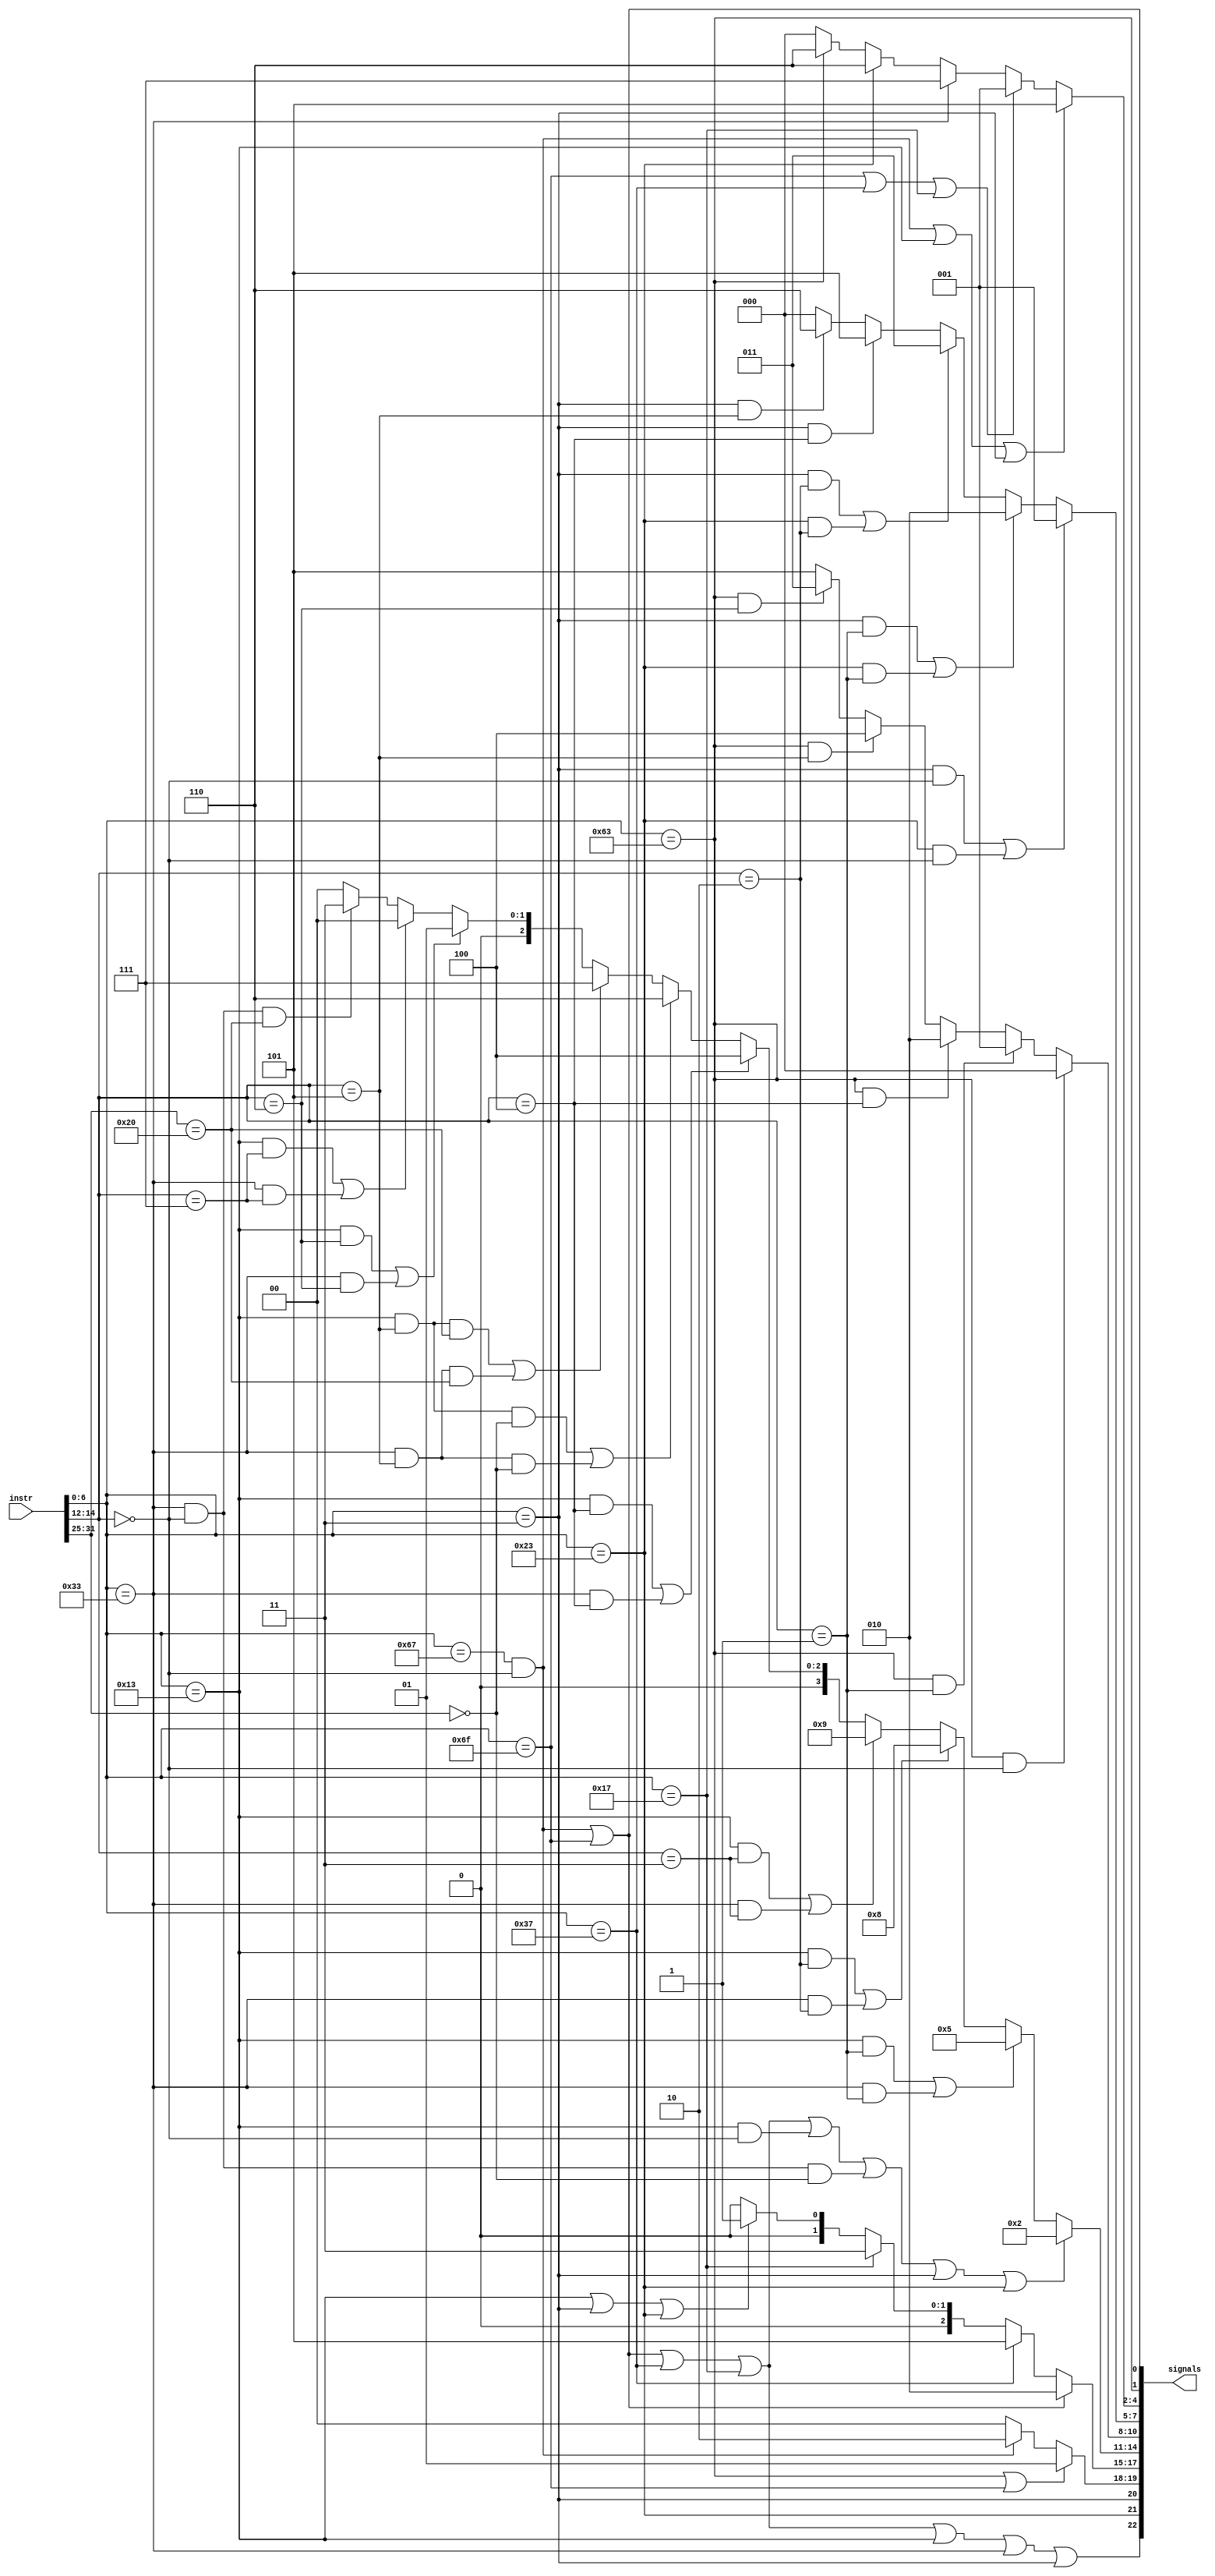
module control

	#(parameter WIDTH = 32, parameter SIGNAL_LEN = 23)

	(
		input			[WIDTH-1:0]			instr,
		output		[SIGNAL_LEN-1:0]	signals
	);
	
	wire [6:0] opcode = instr[6:0];
	wire [2:0] func3 = instr[14:12];
	wire [6:0] func7 = instr[31:25];
	
	// wire assignments for each instruction (or instruction type)
	wire BRANCH = (opcode == 7'b1100011);
	wire BEQ = BRANCH&(func3 == 0);
	wire BNE = BRANCH&(func3 == 3'b001);
	wire BLT = BRANCH&(func3 == 3'b100);
	wire BGE = BRANCH&(func3 == 3'b101);
	wire BLTU = BRANCH&(func3 == 3'b110);
	wire BGEU = BRANCH&(func3 == 3'b111);
	wire JALR = (opcode == 7'b1100111)&(func3 == 0);
	wire JAL = (opcode == 7'b1101111);
	wire LUI = (opcode == 7'b0110111);
	wire AUIPC = (opcode == 7'b0010111);
	wire ARITH_IMM = (opcode == 7'b0010011);
	wire ADDI = ARITH_IMM&(func3 == 0);
	wire SLLI = ARITH_IMM&(func3 == 3'b001);
	wire SLTI = ARITH_IMM&(func3 == 3'b010);
	wire SLTIU = ARITH_IMM&(func3 == 3'b011);
	wire XORI = ARITH_IMM&(func3 == 3'b100);
	wire SRLI = ARITH_IMM&(func3 == 3'b101)&(func7 == 7'b0000000);
	wire SRAI = ARITH_IMM&(func3 == 3'b101)&(func7 == 7'b0100000);
	wire ORI = ARITH_IMM&(func3 == 3'b110);
	wire ANDI = ARITH_IMM&(func3 == 3'b111);
	wire ARITH = (opcode == 7'b0110011);
	wire ADD = ARITH&(func3 == 0)&(func7 == 0);
	wire SUB = ARITH&(func3 == 0)&(func7 == 7'b0100000);
	wire SLL = ARITH&(func3 == 3'b001);
	wire SLT = ARITH&(func3 == 3'b010);
	wire SLTU = ARITH&(func3 == 3'b011);
	wire XOR = ARITH&(func3 == 3'b100);
	wire SRL = ARITH&(func3 == 3'b101)&(func7 == 0);
	wire SRA = ARITH&(func3 == 3'b101)&(func7 == 7'b0100000);
	wire OR = ARITH&(func3 == 3'b110);
	wire AND = ARITH&(func3 == 3'b111);
	wire LOAD = (opcode == 7'b0000011);
	wire LB = LOAD&(func3 == 0);
	wire LH = LOAD&(func3 == 3'b001);
	wire LW = LOAD&(func3 == 3'b010);
	wire LBU = LOAD&(func3 == 3'b100);
	wire LHU = LOAD&(func3 == 3'b101);
	wire STORE = (opcode == 7'b0100011);
	wire SB = STORE&(func3 == 0);
	wire SH = STORE&(func3 == 3'b001);
	wire SW = STORE&(func3 == 3'b010);
	
	wire RegWrite = JALR|JAL|LUI|AUIPC|ARITH_IMM|ARITH|LOAD;
	wire MemWrite = STORE;
	wire MemRead = LOAD;
	wire [1:0] PCSrc = BRANCH|JAL ? 2'd1 : (JALR ? 2'd2 : 2'd0);
	wire [2:0] ALUSrc = JALR|JAL ? 3'd2 : (LUI ? 3'd5 : (AUIPC ? 3'd3 : (ARITH_IMM|LOAD|STORE ? 3'd1 : (ARITH ? 3'd0 : 3'd0))));
	wire [3:0] ALUOp = (JALR|JAL|LUI|AUIPC|ADDI|ADD|LOAD|STORE) ? 4'b0010 : (SLLI|SLL ? 4'b0101 : (SLTI|SLT ? 4'b1000 : (SLTIU|SLTU ? 4'b1001 : (XORI|XOR ? 4'b0100 : (SRLI|SRL ? 4'b0110 : (SRAI|SRA ? 4'b0111 : (ORI|OR ? 4'b0001 : (ANDI|AND ? 4'b0 : (SUB ? 4'b0011 : 4'b0)))))))));
	wire [2:0] FlagSel = BEQ ? 3'd0 : (BNE ? 3'd1 : (BLT ? 3'd2 : (BGE ? 3'd4 : (BLTU ? 3'd3 : (BGEU ? 3'd5 : 3'd5)))));
	wire [2:0] MemLen = LB|SB ? 3'b001 : (LH|SH ? 3'b010 : (LW|SW ? 3'b011 : (LBU ? 3'b101 : (LHU ? 3'b110 : 3'b000))));
	wire [2:0] FwdRisk = JALR|ARITH_IMM|LOAD ? 3'b101 : (JAL|LUI|AUIPC ? 3'b001 : (ARITH ? 3'b111 : (STORE ? 3'b110 : (BRANCH ? 3'b110 : 3'b0))));
	wire Branch = BRANCH;
	wire Jump = JALR|JAL;
	
	assign signals = {RegWrite, MemWrite, MemRead, PCSrc, ALUSrc, ALUOp, FlagSel, MemLen, FwdRisk, Branch, Jump}; 
	
endmodule